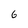
Character: 6